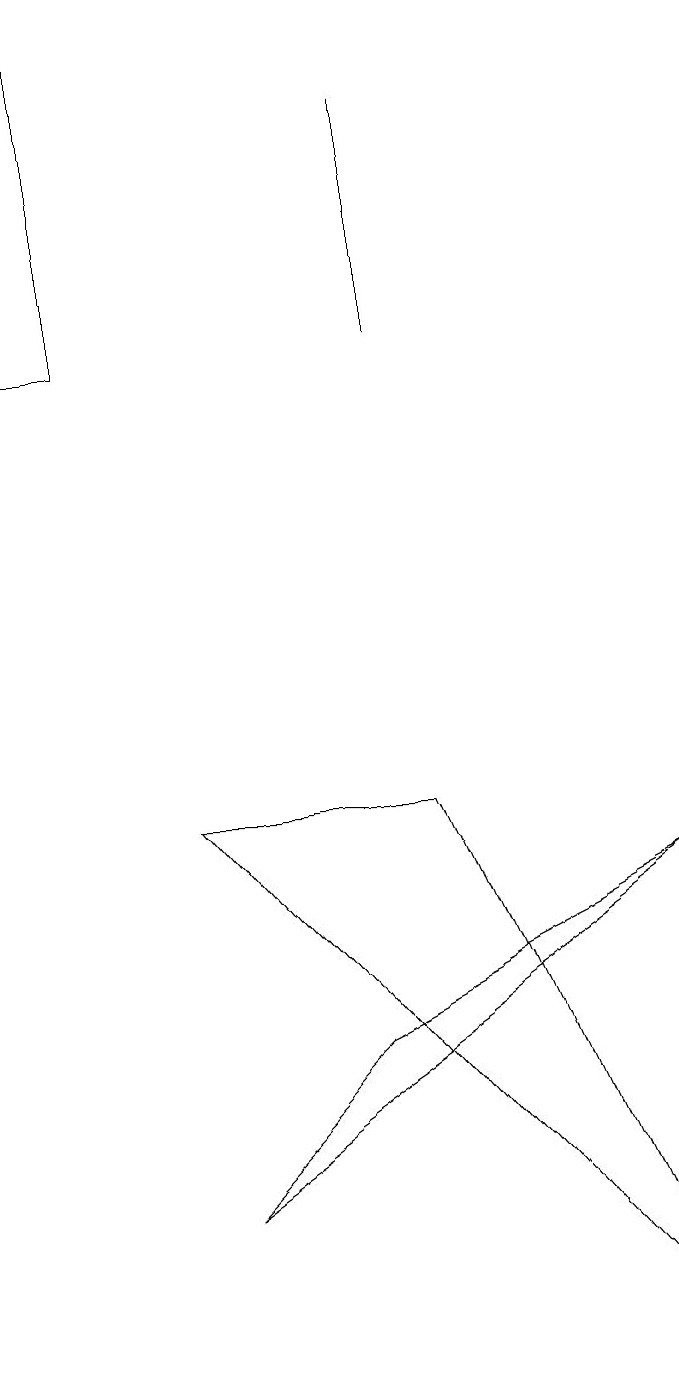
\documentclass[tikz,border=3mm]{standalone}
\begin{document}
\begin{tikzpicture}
\draw (5,4) -- (9,6) -- (3,2) -- cycle;
\draw (9,0) -- (3,7) -- (6,7) -- cycle;
\draw (6,16) rectangle (6,13);
\draw (1,17) rectangle (2,13);
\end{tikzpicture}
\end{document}